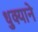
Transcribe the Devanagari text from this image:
धुक्याने